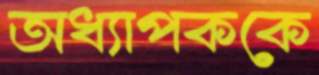
অধ্যাপককে